Vaccination report Assam 1874-1896 - 1874-1896
Year: 1874
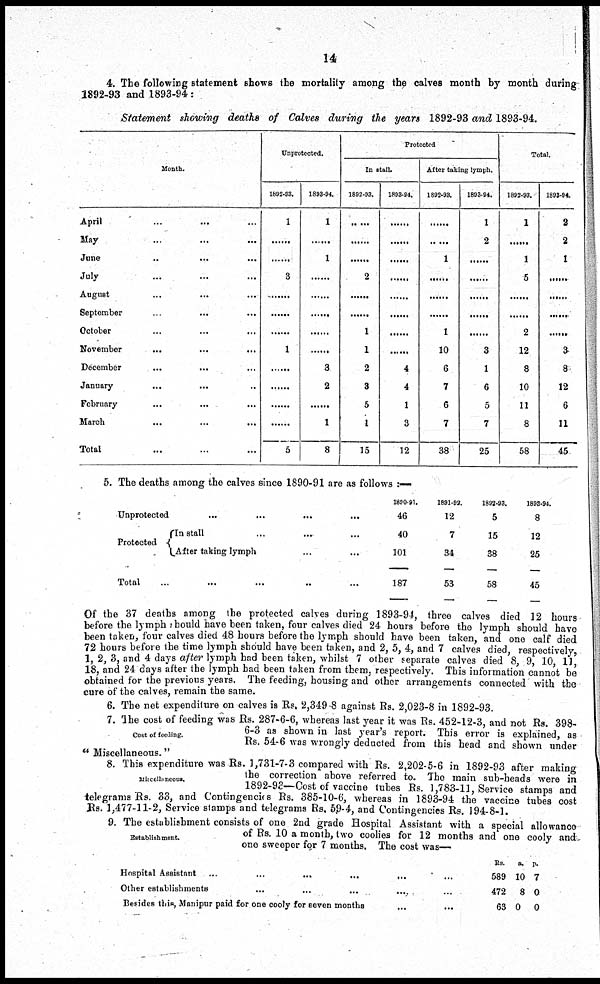
14
4. The following statement shows the mortality among the calves month by month during
1892-93 and 1893-94:
Statement showing deaths of Calves during the years 1892-93 and 1893-94.
Month.
April ... ... ...
May ... ... ...
June
...
...
...
July ... ... ...
August ... ... ...
September
...
...
...
October ... ... ...
November
...
...
...
December
...
... ...
January
...
... ...
February
...
... ...
March ... ... ...
Total ... ... ...
Unprotected.
1892-93.
1
......
......
3
......
......
......
1
......
......
......
5
1893-94.
1
......
1
......
......
......
......
......
3
2
......
1
8
Protected
In stall.
1892-93.
......
......
......
2
......
......
1
1
2
3
5
1
15
1893-94.
......
......
......
......
......
......
......
......
4
4
1
3
12
After taking lymph.
1892-93.
......
......
1
......
......
......
1
10
6
7
6
7
38
1893-94.
1
2
......
......
......
......
......
3
1
6
5
7
25
Total.
1892-93.
1
......
1
5
......
......
2
12
8
10
11
8
58
1893-94.
2
2
1
......
......
......
......
3
8
12
6
11
45
5. The deaths among the calves since 1890-91 are as follows :—
Unprotected
Protected
... ... ... ...
In stall ... ... ...
After taking lymph ... ...
Total ... ... ... ... ...
1890-91.
46
40
101
187
1891-92.
12
7
34
53
1892-93.
5
15
38
58
1893-94
8
12
25
45
Of the 37 deaths among the protected calves during 1893-94, three calves died 12 hours
before the lymph should have been taken, four calves died 24 hours before the lymph should have
been taken, four calves died 48 hours before the lymph should have been taken, and one calf died
72 hours before the time lymph should have been taken, and 2, 5, 4, and 7 calves died, respectively,
1, 2, 3, and 4 days after lymph had been taken, whilst 7 other separate calves died 8, 9, 10, 11,
18, and 24 days after the lymph had been taken from them, respectively. This information cannot be
obtained for the previous years. The feeding, housing and other arrangements connected with the
cure of the calves, remain the same.
6. The net expenditure on calves is Rs. 2,349-8 against Rs. 2,023-8 in 1892-93.
Cost of feeding.
7. The cost of feeding was Rs. 287-6-6, whereas last year it was Rs. 452-12-3, and not Rs. 398-
6-3 as shown in last year's report. This error is explained, as
Rs. 54-6 was wrongly deducted from this head and shown under
" Miscellaneous."
Miscellaneous.
8. This expenditure was Rs. 1,731-7-3 compared with Rs. 2,202-5-6 in 1892-93 after making
the correction above referred to. The main sub-heads were in
1892-93—Cost of vaccine tubes Rs. 1,783-11, Service stamps and
telegrams Rs. 33, and Contingencies Rs. 385-10-6, whereas in 1893-94 the vaccine tubes cost
Rs. 1,477-11-2, Service stamps and telegrams Rs. 59-4, and Contingencies Rs. 194-8-1.
Establishment.
9. The establishment consists of one 2nd grade Hospital Assistant with a special allowance
of Rs. 10 a month, two coolies for 12 months and one cooly and
one sweeper for 7 months. The cost was—
Hospital Assistant
...
...
...
...
...
...
Other establishments
...
...
...
...
...
Besides this, Manipur paid for one cooly for seven months ... ...
Rs.
589
472
63
a.
10
8
0
p.
7
0
0